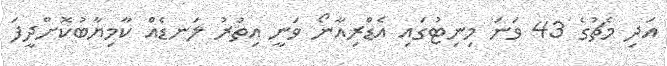
އަދި މެޗުގެ 43 ވަނަ މިނިޓުގައި އެޑްރިއާނޯ ވަނީ އިތުރު ލަނޑެއް ކާމިޔާބުކޮށްދީފަ